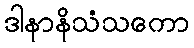
ဒါနာနိသံသကော